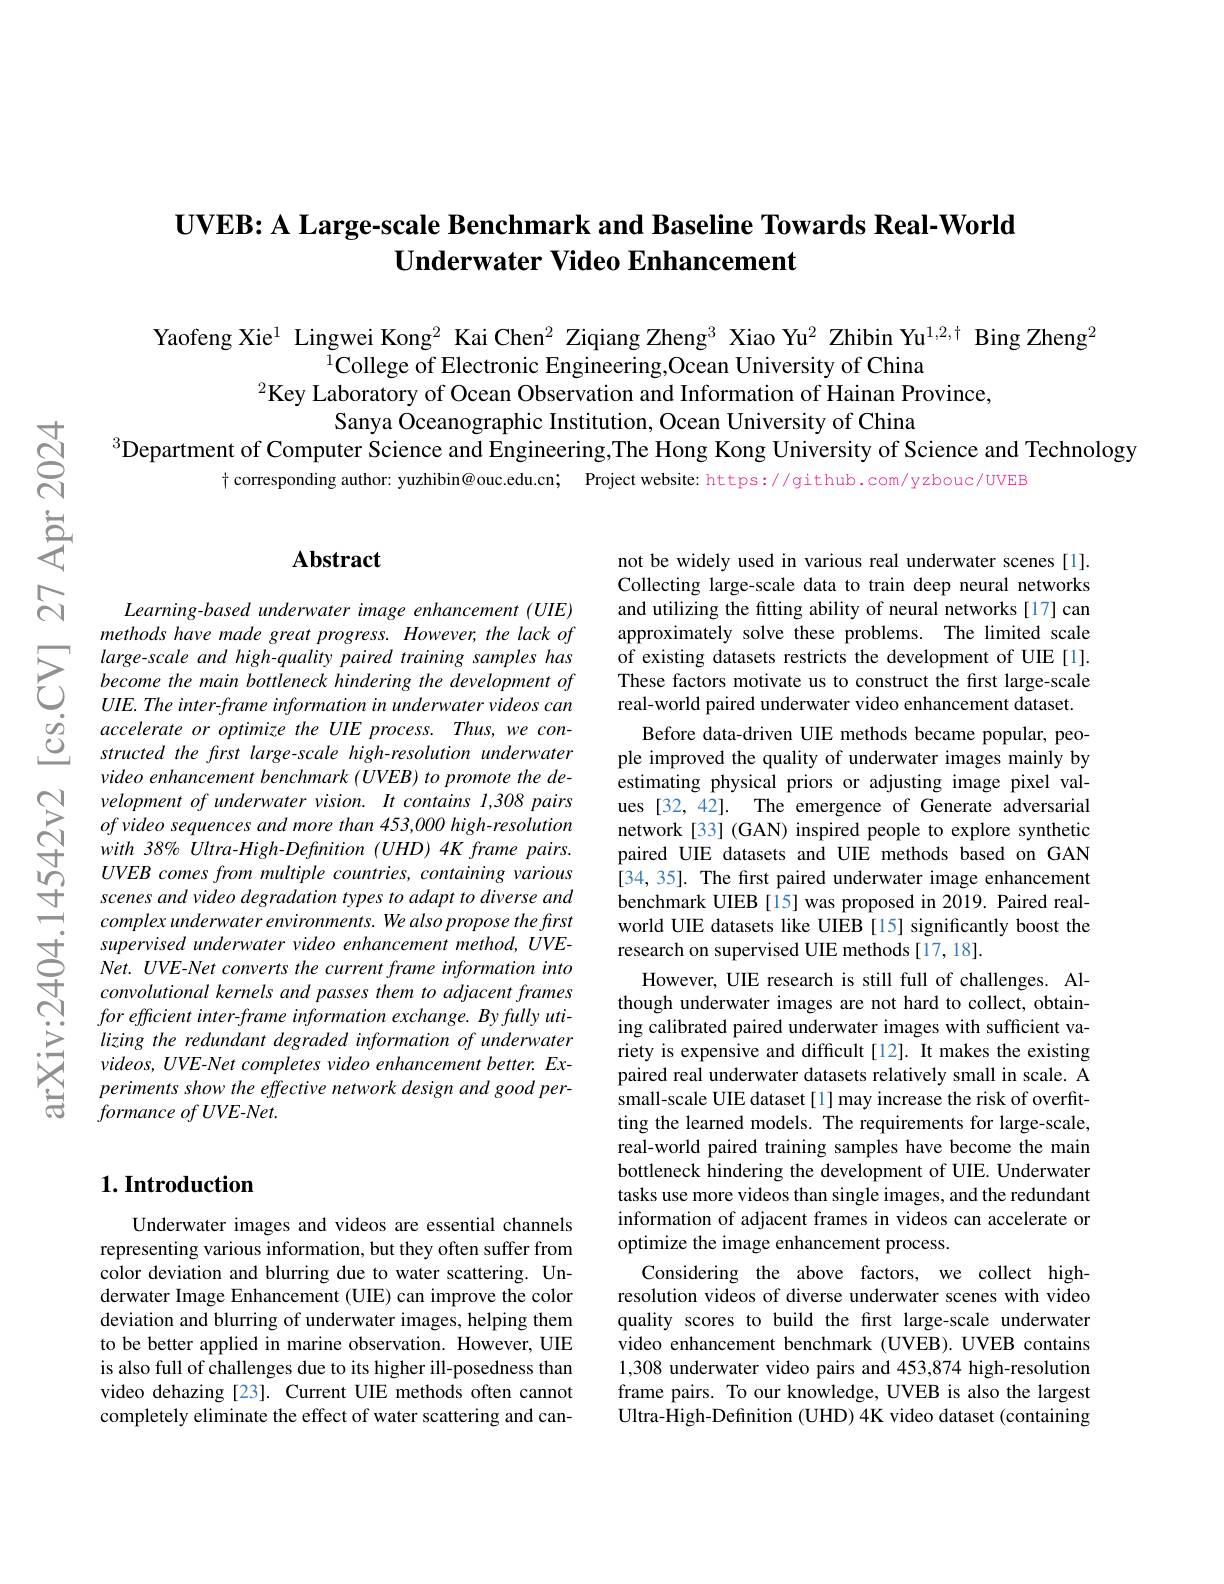
## $\textbf{UVEB: A Large- scale Benchmark and Baseline Towards Real- World}$ $\textbf{Underwater Video Enhancement}$

Yaofeng Xie$^{1}$ Lingwei Kong$^{2}$ Kai Chen$^{2}$ Ziqiang Zheng$^{3}$ Xiao Yu$^{2}$ Zhibin Yu$^{1,2,\dagger}$ Bing Zheng$^{2}$
$^{1}$College of Electronic Engineering,Ocean University of China
$^{2}\bar{\text{Key Laboratory of Ocean Observation and Information of Hainan Province,}}$
Sanya Oceanographic Institution, Ocean University of China
$^{3}$Department of Computer Science and Engineering,The Hong Kong University of Science and Technology
$\dagger$ corresponding author: yuzhibin@ ouc.edu.cn; Project website: https://github.com/yzbouc/UVEB

## $\mathbf{Abstract}$

Learning-based underwater image enhancement (UIE) methods have made great progress. However, the lack of large-scale and high-quality paired training samples has become the main bottleneck hindering the development of $UIE.Theinter-frameinformationinunderwatervideoscan$ accelerate or optimize the UIE process. Thus, we constructed the frst large-scale high-resolution underwater video enhancement benchmark (UVEB) to promote the development of underwater vision. It contains I,308 pairs of video sequences and more than 453,000 high-resolution with 38% Ultra-High-Definition (UHD) 4K frame pairs. UVEB comes from multiple countries, containing various scenes and video degradation types to adapt to diverse and complex underwater environments. We also propose the first supervised underwater video enhancement method, UVENet. UVE-Net converts the current frame information into convolutional kernels and passes them to adjacent frames for efficient inter-frame information exchange. By fully utilizing the redundant degraded information of underwater videos, UVE-Net completes video enhancement better. Experiments show the effective network design and good per- $formance\textit{ of UVE- Net. }$

not be widely used in various real underwater scenes[1]. Collecting large-scale data to train deep neural networks and utilizing the fitting ability of neural networks [17] can approximately solve these problems. The limited scale of existing datasets restricts the development of UIE[1]. These factors motivate us to construct the first large-scale real-world paired underwater video enhancement dataset.
Before data-driven UIE methods became popular, people improved the quality of underwater images mainly by estimating physical priors or adjusting image pixel values [32, 42]. The emergence of Generate adversarial network[33] (GAN) inspired people to explore synthetic paired UIE datasets and UIE methods based on GAN [34, 35]. The first paired underwater image enhancement benchmark UIEB [15] was proposed in 2019. Paired realworld UIE datasets like UIEB [15] significantly boost the research on supervised UIE methods [17,18].
However, UIE research is still full of challenges. Although underwater images are not hard to collect, obtaining calibrated paired underwater images with sufficient variety is expensive and difficult[12]. It makes the existing paired real underwater datasets relatively small in scale. A small-scale UIE dataset[1] may increase the risk of overfitting the learned models. The requirements for large-scale, real-world paired training samples have become the main bottleneck hindering the development of UIE. Underwater tasks use more videos than single images, and the redundant information of adjacent frames in videos can accelerate or optimize the image enhancement process.
Considering the above factors, we collect highresolution videos of diverse underwater scenes with video quality scores to build the first large-scale underwater video enhancement benchmark (UVEB).UVEB contains 1,308 underwater video pairs and 453,874 high-resolution frame pairs. To our knowledge, UVEB is also the largest $\hat{\text{Ultra-High-Definition }}($UHD) 4K video dataset (containing

## $1. \textbf{Introduction}$

Underwater images and videos are essential channels representing various information, but they often suffer from color deviation and blurring due to water scattering. Underwater Image Enhancement (UIE) can improve the color deviation and blurring of underwater images, helping them to be better applied in marine observation. However, UIE is also full of challenges due to its higher ill-posedness than video dehazing [23]. Current UIE methods often cannot completely eliminate the effect of water scattering and can-